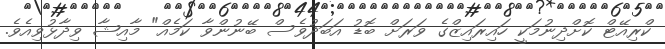
ކްރިއޭޓް ކޮށްދިނުމަކީ ހައިރައިޒްގެ ވަރަށް ބޮޑު އަބަދުވެސް ބޭނުންވާ ކަމެއް" މާއިޝާ ވިދާޅުވިއެވެ.